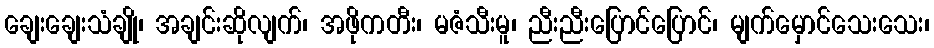
ချေးချေးသံချို၊ အချင်းဆိုလျက်၊ အဖိုကတီး၊ မဇံသီးမူ၊ ညီးညီးပြောင်ပြောင်၊ မျက်မှောင်သေးသေး၊